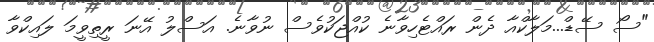
"ސޯ ސޭޑް...މަލާކްއާ ދެން ރައްޓެހިވާނެ ކުއްޖަކުވެސް ނުވާނެ. އަސްލު އޭނަ ރީތިވީމަ ލައިކްވާ